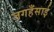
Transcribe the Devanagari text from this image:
जगहँसाई